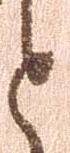
と